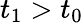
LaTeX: t_{1}>t_{0}